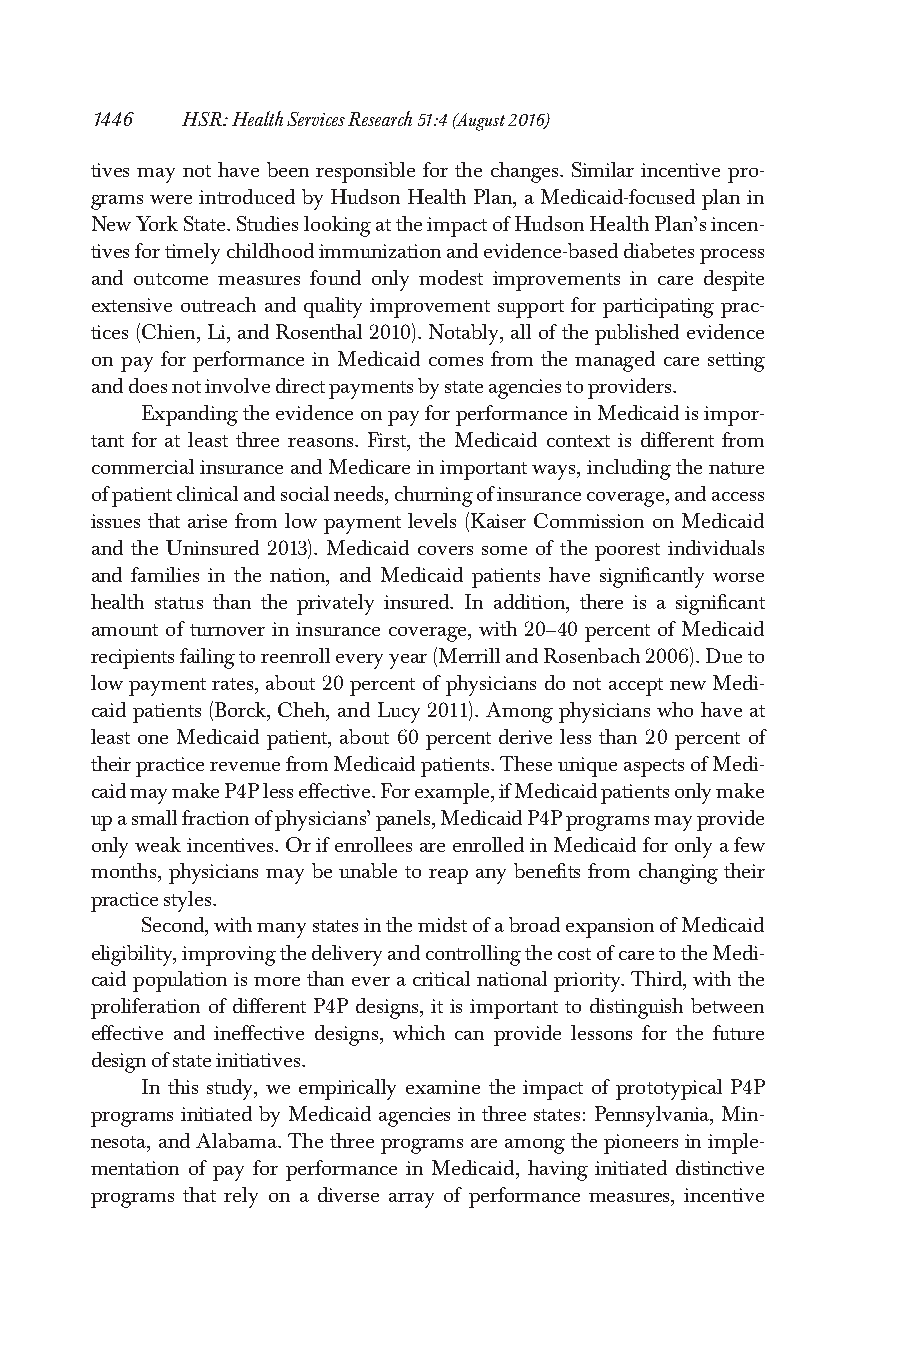
1446  HSR:HealthServicesResearch51:4(August2016)
 tives may not have been responsible for the changes. Similar incentive pro-
 grams were introduced by Hudson Health Plan, a Medicaid-focused plan in
 NewYorkState.StudieslookingattheimpactofHudsonHealthPlan’sincen-
 tivesfortimelychildhoodimmunizationandevidence-baseddiabetesprocess
 and outcome measures found only modest improvements in care despite
 extensive outreach and quality improvement support for participating prac-
 tices(Chien,Li,andRosenthal2010).Notably,allofthepublishedevidence
 on pay for performance in Medicaid comes from the managed care setting
 anddoesnotinvolvedirectpaymentsbystateagenciestoproviders.
 ExpandingtheevidenceonpayforperformanceinMedicaidisimpor-
 tant for at least three reasons. First, the Medicaid context is different from
 commercialinsuranceandMedicareinimportantways,includingthenature
 ofpatientclinicalandsocialneeds,churningofinsurancecoverage,andaccess
 issues that arise from low payment levels (Kaiser Commission on Medicaid
 and the Uninsured 2013). Medicaid covers some of the poorest individuals
 and families in the nation, and Medicaid patients have significantly worse
 health status than the privately insured. In addition, there is a significant
 amount of turnover in insurance coverage, with 20–40 percent of Medicaid
 recipientsfailingtoreenrolleveryyear(MerrillandRosenbach2006).Dueto
 low payment rates, about 20 percent of physicians do not accept new Medi-
 caid patients (Borck,Cheh, andLucy2011). Among physicians who have at
 least one Medicaid patient, about 60 percent derive less than 20 percent of
 theirpracticerevenuefromMedicaidpatients.TheseuniqueaspectsofMedi-
 caidmaymakeP4Plesseffective.Forexample,ifMedicaidpatientsonlymake
 upasmallfractionofphysicians’panels,MedicaidP4Pprogramsmayprovide
 onlyweakincentives.OrifenrolleesareenrolledinMedicaidforonlyafew
 months, physicians may be unable to reap any benefits from changing their
 practicestyles.
 Second,withmanystatesinthemidstofabroadexpansionofMedicaid
 eligibility,improvingthedeliveryandcontrollingthecostofcaretotheMedi-
 caidpopulationismorethaneveracritical nationalpriority.Third,with the
 proliferation of different P4P designs, it is important to distinguish between
 effective and ineffective designs, which can provide lessons for the future
 designofstateinitiatives.
 In this study, we empirically examine the impact of prototypical P4P
 programs initiated by Medicaid agencies in three states: Pennsylvania, Min-
 nesota, andAlabama.Thethree programsareamongthepioneersinimple-
 mentation of pay for performance in Medicaid, having initiated distinctive
 programs that rely on a diverse array of performance measures, incentive